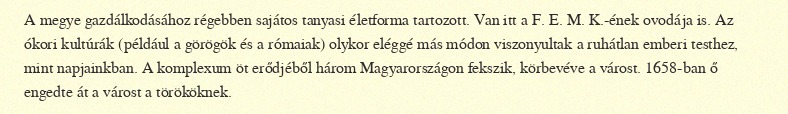
A megye gazdálkodásához régebben sajátos tanyasi életforma tartozott. Van itt a F. E. M. K.-ének ovodája is. Az ókori kultúrák (például a görögök és a rómaiak) olykor eléggé más módon viszonyultak a ruhátlan emberi testhez, mint napjainkban. A komplexum öt erődjéből három Magyarországon fekszik, körbevéve a várost. 1658-ban ő engedte át a várost a törököknek.